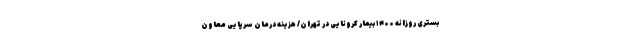
بستری روزانه ۱۴۰۰ بیمار کرونایی در تهران/ هزینه درمان سرپایی معاون